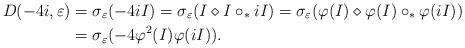
LaTeX: \begin{align*}D(-4i,\varepsilon)&=\sigma_{\varepsilon}(-4iI)=\sigma_{\varepsilon}(I\diamond I\circ_{\ast} iI)=\sigma_{\varepsilon}(\varphi(I)\diamond \varphi(I)\circ_{\ast} \varphi(iI))\\&=\sigma_{\varepsilon}(-4\varphi^{2}(I)\varphi(iI)).\end{align*}